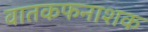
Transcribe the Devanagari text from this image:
वातकफनाशक